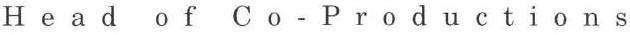
Head of Co-Productions